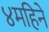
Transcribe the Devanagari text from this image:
४महिने